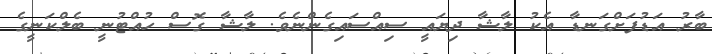
ބާރު އަޑުފަށްގަނޑާ އެކު ލާޝާ ދިޔައީ ސިއްސައިގެންނެވެ. ލާޝާ ގޮސް ހުއްޓުނީ ބެލްކަނީގެ